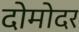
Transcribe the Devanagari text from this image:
दोमोदर